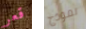
قعر نموذج